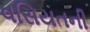
વસિયતની